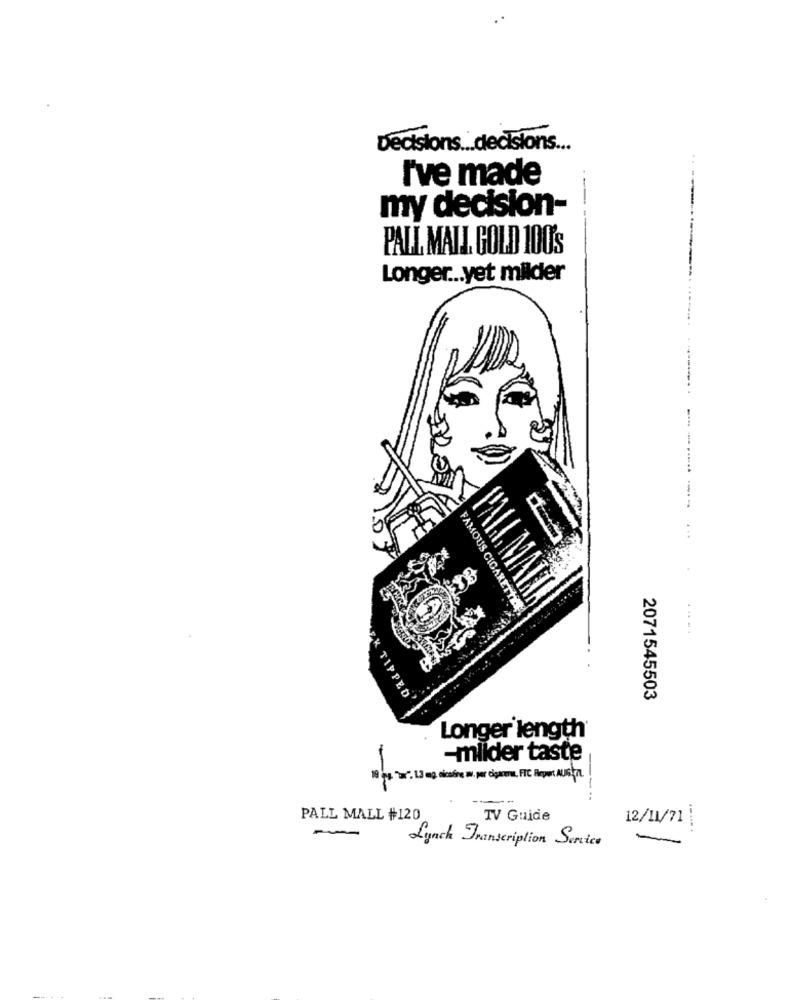
Decisions ... decisions ...
I've made
my decision-
PALL MALL, GOLD 100's
Longer ... yet milder
FAMOUS CIC
PALL MALL
TIPPED
2071545503
Longer length
-milder taste
--
PALL MALL #120
TV Guide
12/11/71 |
Lynch Transcription Service